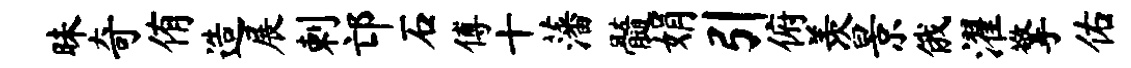
昧奇侑造展剌邙石傅十藩髓娟引俯羡景俄濯擎佑